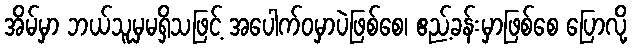
အိမ်မှာ ဘယ်သူမှမရှိသဖြင့် အပေါက်ဝမှာပဲဖြစ်စေ၊ ဧည့်ခန်းမှာဖြစ်စေ ပြောလို့